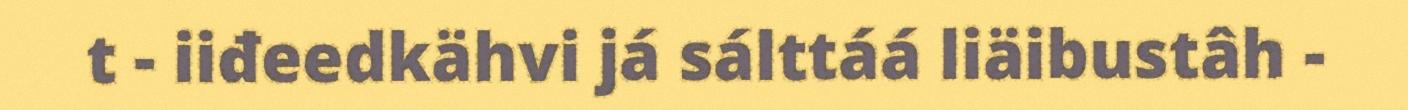
t - iiđeedkähvi já sálttáá liäibustâh -